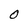
Character: O